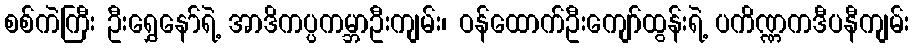
စစ်ကဲကြီး ဦးရွှေနော်ရဲ့ အာဒိကပ္ပကမ္ဘာဦးကျမ်း၊ ဝန်ထောက်ဦးကျော်ထွန်းရဲ့ ပကိဏ္ဏကဒီပနီကျမ်း